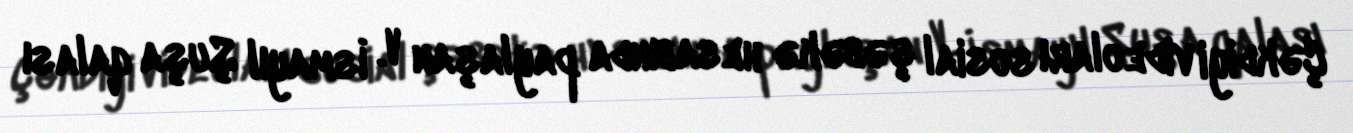
Çəkdiyi videoları sosial şəbəkə hesabında paylaşan V. İsmayıl Şuşa qalası